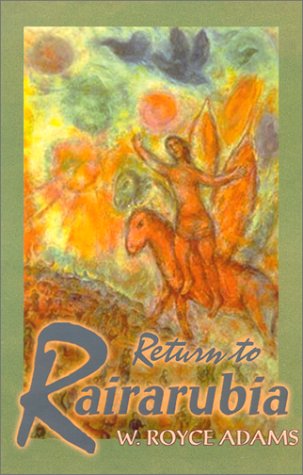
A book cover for Return to Rairarubia (Rairarubia Tales); W. Royce Adams; Science Fiction & Fantasy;